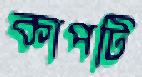
কাপটি